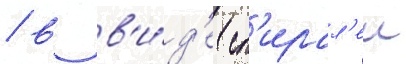
/ в в'и́д'е сп'ирал'еи